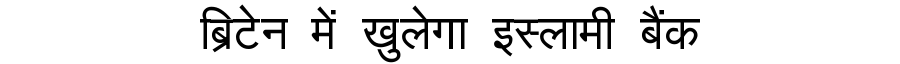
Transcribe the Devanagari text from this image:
ब्रिटेन में खुलेगा इस्लामी बैंक